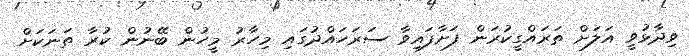
ވިދާޅުވީ އަލަށް ތަރައްގީކުރަން ފަށާފައިވާ ސަރަހައްދުގައި މިހާރު މީހުން ބޭނުން ކުރާ ތަނަކަށް